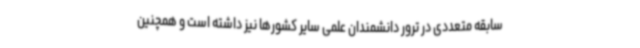
سابقه متعددی در ترور دانشمندان علمی سایر کشورها نیز داشته است و همچنین